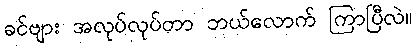
ခင်ဗျား အလုပ်လုပ်တာ ဘယ်လောက် ကြာပြီလဲ။